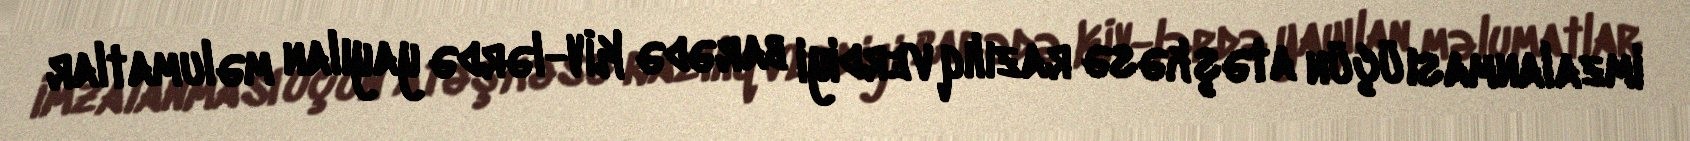
imzalanması üçün atəşkəsə razılıq verdiyi barədə KİV-lərdə yayılan məlumatlar